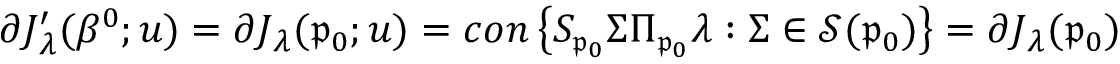
\partial J _ { \boldsymbol { \lambda } } ^ { \prime } ( \beta ^ { 0 } ; u ) = \partial J _ { \boldsymbol { \lambda } } ( \mathfrak { p } _ { 0 } ; u ) = c o n \left\{ S _ { \mathfrak { p } _ { 0 } } \Sigma \Pi _ { \mathfrak { p } _ { 0 } } \boldsymbol { \lambda } : \Sigma \in \mathcal { S } ( \mathfrak { p } _ { 0 } ) \right\} = \partial J _ { \boldsymbol { \lambda } } ( \mathfrak { p } _ { 0 } )